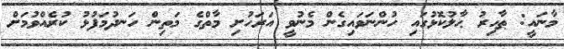
މާނައީ: ޠާހިރު ޙާލުކޮޅުގައި ހުންނަވައިގެން މެނުވީ އަރަހުށި މާތްގެ މަތިން ހަނދުމަފުޅު ކުރެއްވުމަށް